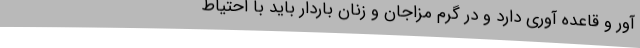
آور و قاعده آوری دارد و در گرم مزاجان و زنان باردار باید با احتیاط